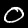
Label: 0